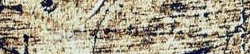
Gas Station